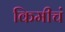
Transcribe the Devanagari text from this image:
किमीचं